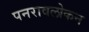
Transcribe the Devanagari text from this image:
पनरावलोकन